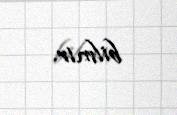
bilmir.